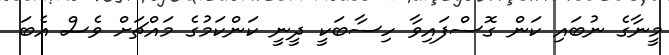
މީނާގެ ނުބައި ކަން ގޮސްފައިވާ ހިސާބަކީ ދީނީ ކަންކަމުގެ މައްޗަށް ވެސް އެބަ